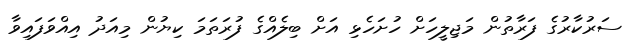
ސަރުކާރުގެ ފަރާތުން މަޖިލީހަށް ހުށަހެޅި އަށް ބިލެއްގެ ފުރަތަމަ ކިޔުން މިއަދު އިއްވަފައިވާ